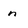
Character: n